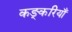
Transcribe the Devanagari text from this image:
कङ्करियाँ